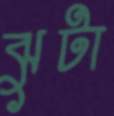
ঝুটা